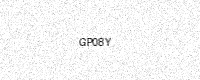
Text: GP08Y